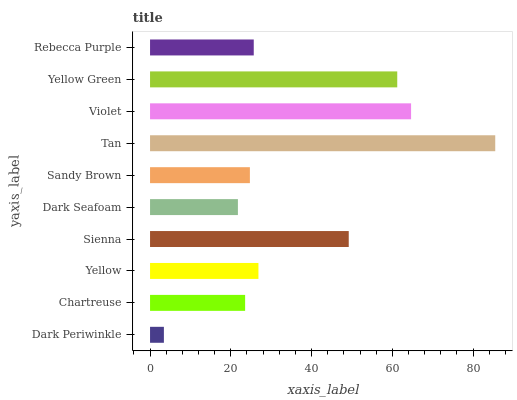
| yaxis_label | bars |
 | --- | --- |
 | Dark Periwinkle | 3.43 |
 | Chartreuse | 23.5 |
 | Yellow | 26.8 |
 | Sienna | 49.2 |
 | Dark Seafoam | 21.8 |
 | Sandy Brown | 24.7 |
 | Tan | 85.5 |
 | Violet | 64.6 |
 | Yellow Green | 61.2 |
 | Rebecca Purple | 25.7 |